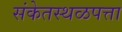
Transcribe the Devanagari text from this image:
संकेतस्थळपत्ता